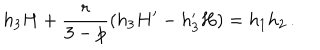
h _ { 3 } H + \frac { r } { 3 - p } ( h _ { 3 } H ^ { \prime } - h _ { 3 } ^ { \prime } H ) = h _ { 1 } h _ { 2 } \, .